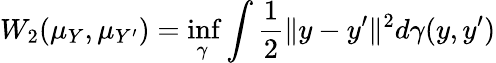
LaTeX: W_{2}(\mu_{Y},\mu_{Y^{\prime}})=\operatorname*{inf}_{\gamma}\int\frac{1}{2}\| y-y^{\prime}\| ^{2}d\gamma(y,y^{\prime})